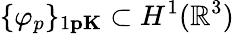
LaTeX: \{ \varphi_{p}\} _{1\le p\le K}\subset H^{1}(\mathbb{R}^{3})